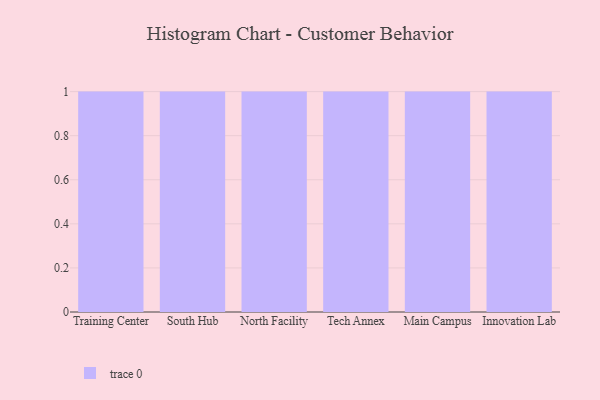
{"axis": {"x": "Campus", "y": "Backlog"}, "legend": [""], "data": [{"x": "Training Center", "y": 9, "type": ""}, {"x": "South Hub", "y": 70, "type": ""}, {"x": "North Facility", "y": 65, "type": ""}, {"x": "Tech Annex", "y": 11, "type": ""}, {"x": "Main Campus", "y": 8, "type": ""}, {"x": "Innovation Lab", "y": 7, "type": ""}]}